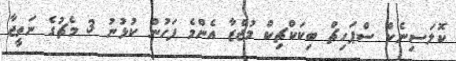
ކޮލަސިނެކް ސްޕަހިޗް ބިކަކްޗިކް މުޖްޒާ އެންމެ ފަހުން ކުޅުނު 3 މެޗުގެ ނަތީޖާ